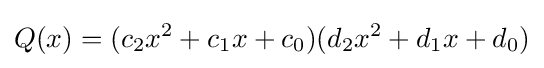
Q(x)=(c_{2}x^{2}+c_{1}x+c_{0})(d_{2}x^{2}+d_{1}x+d_{0})